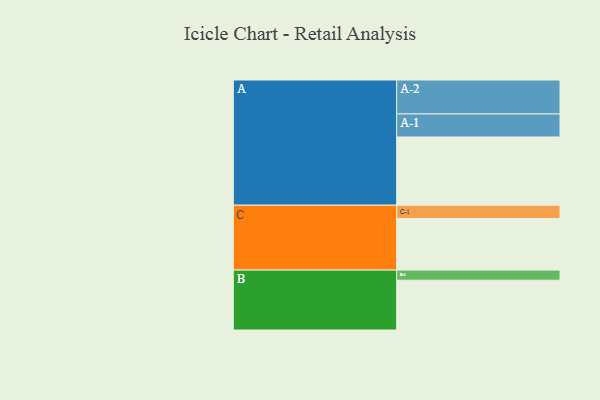
{"axis": {"x": "Segment", "y": "Value"}, "legend": ["", "A", "B", "C"], "data": [{"x": "A", "y": 581, "type": ""}, {"x": "B", "y": 424, "type": ""}, {"x": "C", "y": 439, "type": ""}, {"x": "A-1", "y": 196, "type": "A"}, {"x": "A-2", "y": 289, "type": "A"}, {"x": "B-1", "y": 86, "type": "B"}, {"x": "C-1", "y": 113, "type": "C"}]}